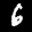
Label: 6